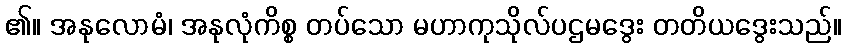
၏။ အနုလောမံ၊ အနုလုံကိစ္စ တပ်သော မဟာကုသိုလ်ပဌမဒွေး တတိယဒွေးသည်။